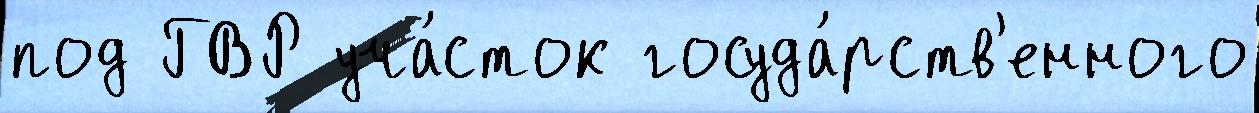
под ГВР уча́сток госуда́рств'енного